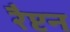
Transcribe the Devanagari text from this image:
रैप्टन